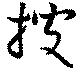
搜